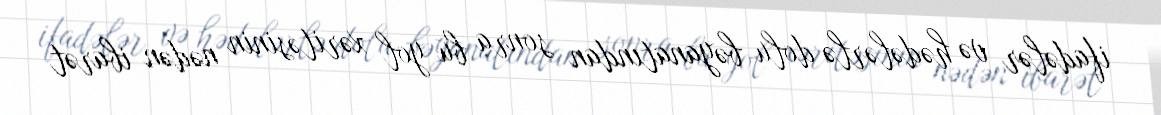
ifadələr və hədələrlə dolu bəyanatından sonra bu yol xəritəsinin nədən ibarət